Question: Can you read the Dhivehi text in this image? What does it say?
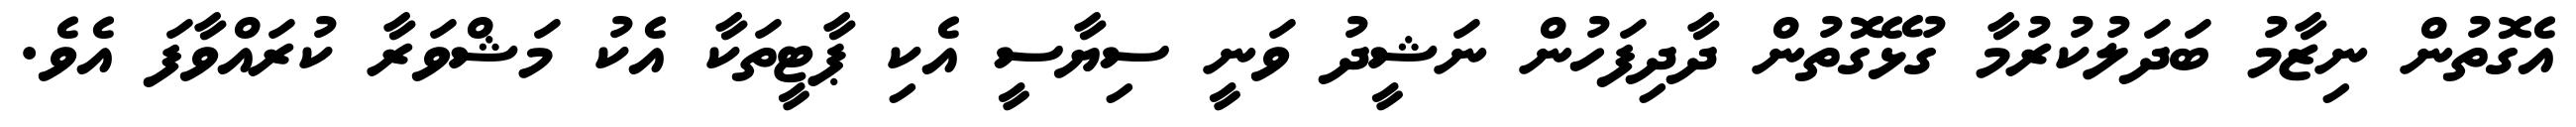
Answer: އެގޮތުން ނިޒާމު ބަދަލުކުރުމާ ގުޅޭގޮތުން ދާދިފަހުން ނަޝީދު ވަނީ ސިޔާސީ އެކި ޕާޓީތަކާ އެކު މަޝްވަރާ ކުރައްވާފަ އެވެ.